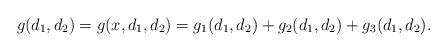
LaTeX: \begin{align*}g(d_1,d_2)=g(x,d_1,d_2)=g_1(d_1,d_2)+g_2(d_1,d_2)+g_3(d_1,d_2).\end{align*}